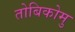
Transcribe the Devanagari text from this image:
तोबिकोमु